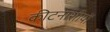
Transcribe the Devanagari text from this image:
कीटनाशीयों